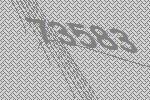
73583